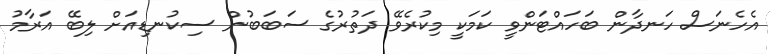
އެހެނަސް ހަނދާން ބަހައްޓަންވީ ކަމަކީ މިކުރެވޭ ދަތުރުގެ ސަބަބުން ސިކުނޑިއަށް ލިބޭ އަރާމު